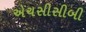
એચસીસીબી